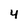
Character: 4